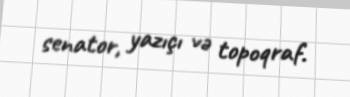
senator, yazıçı və topoqraf.